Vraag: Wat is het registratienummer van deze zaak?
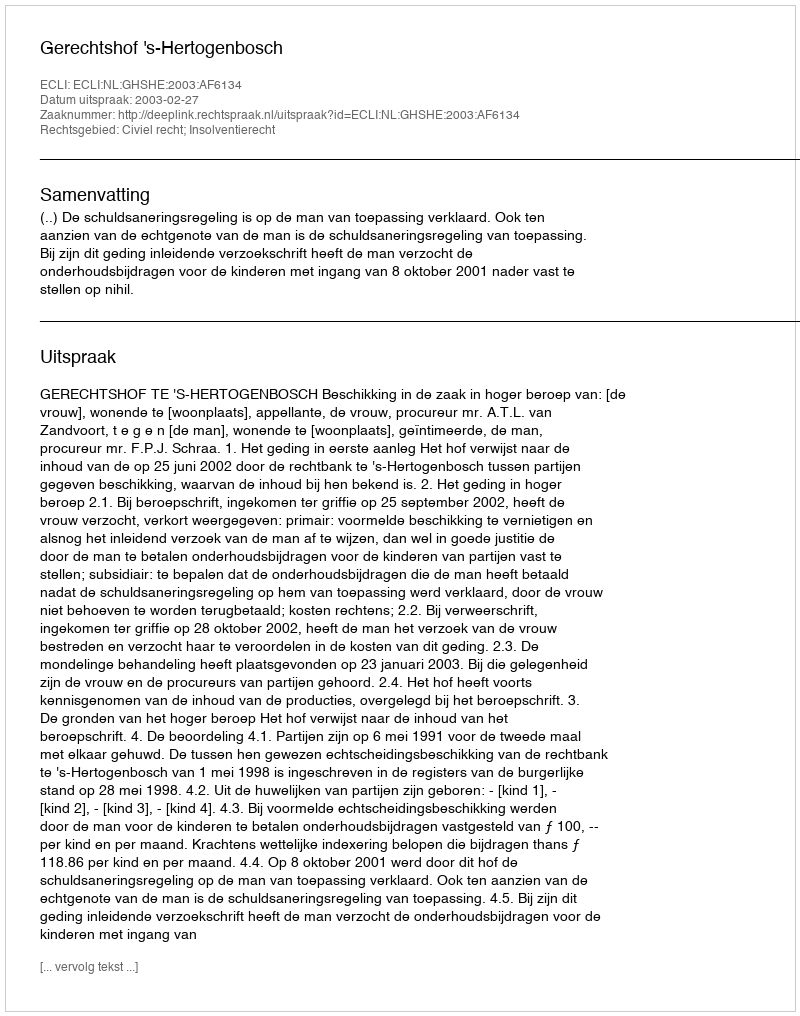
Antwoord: http://deeplink.rechtspraak.nl/uitspraak?id=ECLI:NL:GHSHE:2003:AF6134